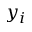
y _ { i }